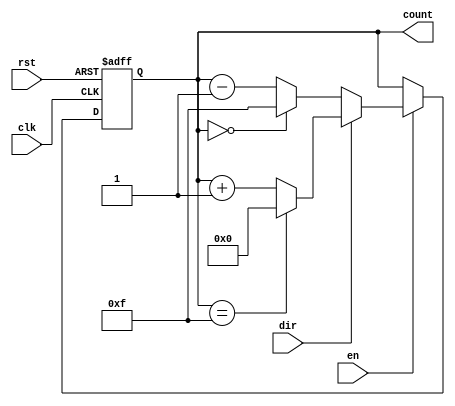
module multi_bit_counter #(
    parameter WIDTH = 4,        // Parameter for the width of the counter
    parameter MIN_COUNT = 0,    // Minimum count value
    parameter MAX_COUNT = (1 << WIDTH) - 1  // Maximum count value
)(
    input wire clk,             // Clock signal
    input wire rst,             // Reset signal
    input wire en,              // Enable signal
    input wire dir,             // Direction signal (0 for down, 1 for up)
    output reg [WIDTH-1:0] count // Count output
);

// Synchronous reset logic if needed
always @(posedge clk or posedge rst) begin
    if (rst) begin
        count <= MIN_COUNT;     // Initialize counter on reset
    end else if (en) begin
        if (dir) begin
            // Up Counting
            if (count == MAX_COUNT) begin
                count <= MIN_COUNT;  // Wrap around to minimum
            end else begin
                count <= count + 1;   // Increment count
            end
        end else begin
            // Down Counting
            if (count == MIN_COUNT) begin
                count <= MAX_COUNT;  // Wrap around to maximum
            end else begin
                count <= count - 1;   // Decrement count
            end
        end
    end
end

endmodule